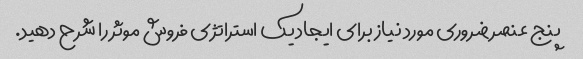
پنج عنصر ضروری مورد نیاز برای ایجاد یک استراتژی فروش موثر را شرح دهید.